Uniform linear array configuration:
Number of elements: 4
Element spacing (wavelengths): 1
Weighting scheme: exponential
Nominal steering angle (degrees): -30
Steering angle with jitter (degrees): -28.694
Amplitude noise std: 0.05
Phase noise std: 0.05

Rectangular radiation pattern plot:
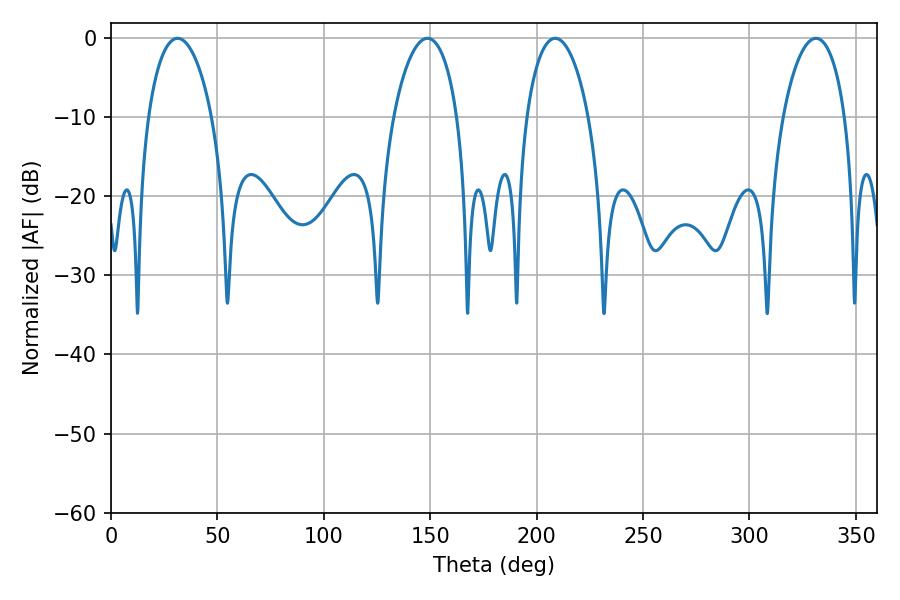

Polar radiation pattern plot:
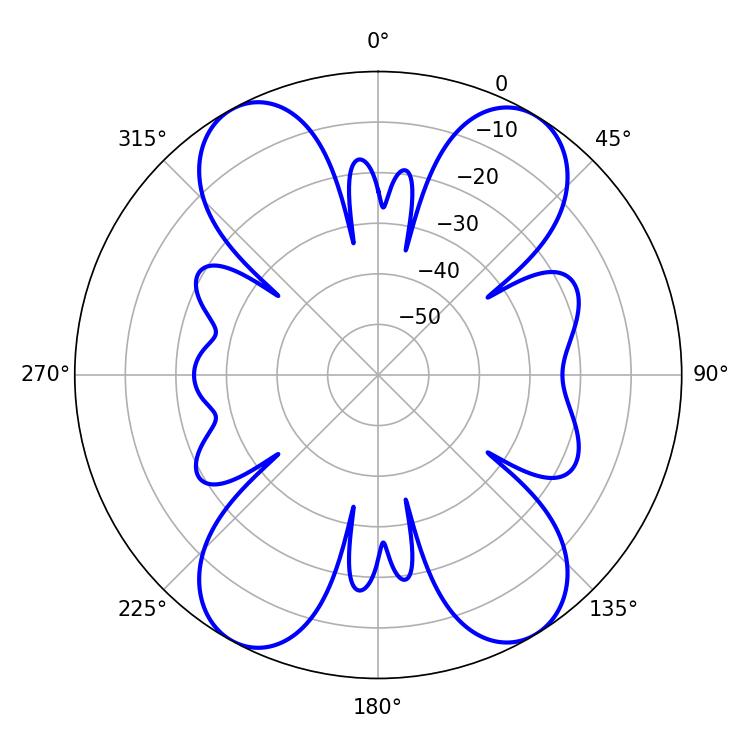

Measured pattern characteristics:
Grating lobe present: TRUE
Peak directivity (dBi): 17.308
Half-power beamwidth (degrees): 16.92
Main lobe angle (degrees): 31.32